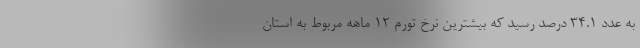
به عدد ٣٤.١ درصد رسید که بیشترین نرخ تورم ۱۲ ماهه مربوط به استان